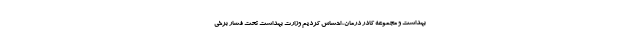
بهداشت و مجموعه کادر درمان، احساس کردیم وزارت بهداشت تحت فشار برخی